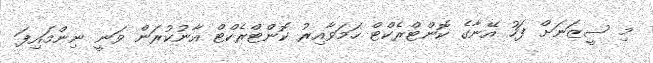
މި ސީޒަނަށް ފަހު އޭނާގެ ކޮންޓްރެކްޓް ހަމަވާއިރު ކޮންޓްރެކްޓް އާނުކުރަން ވަނީ ނިންމައިފަ